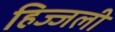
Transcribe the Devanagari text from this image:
हिज्जली